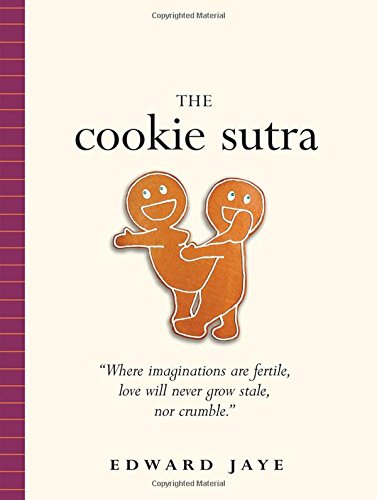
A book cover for The Cookie Sutra: An Ancient Treatise: that Love Shall Never Grow Stale. Nor Crumble.; Edward Jaye; Humor & Entertainment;